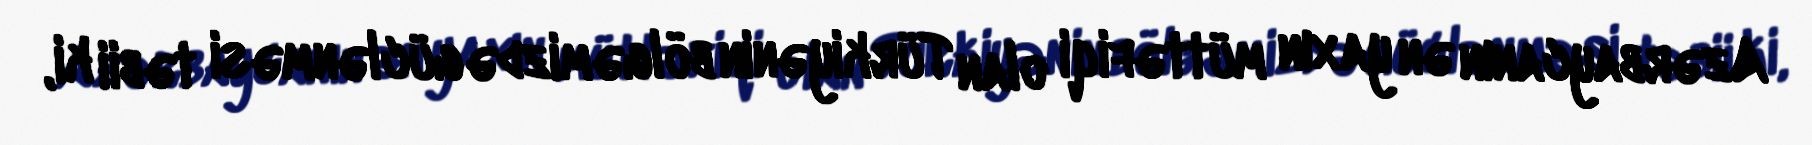
Azərbaycanın ən yaxın müttəfiqi olan Türkiyənin bölgəmizdə güclənməsi təbii ki,